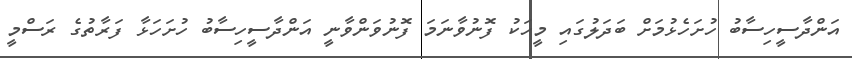
އަންދާސީހިސާބު ހުށަހެޅުމަށް ބަދަލުގައި މީހަކު ފޮނުވާނަމަ ފޮނުވަންވާނީ އަންދާސީހިސާބު ހުށަހަޅާ ފަރާތުގެ ރަސްމީ